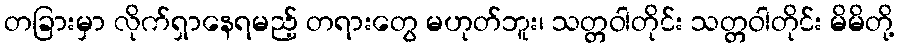
တခြားမှာ လိုက်ရှာနေရမည့် တရားတွေ မဟုတ်ဘူး၊ သတ္တဝါတိုင်း သတ္တဝါတိုင်း မိမိတို့